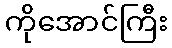
ကိုအောင်ကြီး